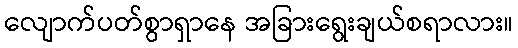
လျောက်ပတ်စွာရှာနေ အခြားရွေးချယ်စရာလား။